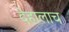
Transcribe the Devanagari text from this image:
देहालाच